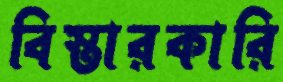
বিস্তারকারি